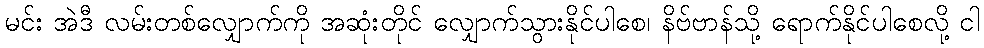
မင်း အဲဒီ လမ်းတစ်လျှောက်ကို အဆုံးတိုင် လျှောက်သွားနိုင်ပါစေ၊ နိဗ်ဗာန်သို့ ရောက်နိုင်ပါစေလို့ ငါ